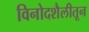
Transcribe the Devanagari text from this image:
विनोदशैलीतून